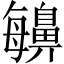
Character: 𪖬